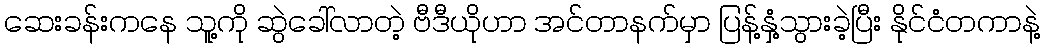
ဆေးခန်းကနေ သူ့ကို ဆွဲခေါ်လာတဲ့ ဗီဒီယိုဟာ အင်တာနက်မှာ ပြန့်နှံ့သွားခဲ့ပြီး နိုင်ငံတကာနဲ့